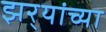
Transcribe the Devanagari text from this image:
झर्‍यांच्या